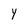
Character: Y